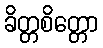
ခိတ္တစိတ္တော